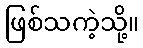
ဖြစ်သကဲ့သို့။